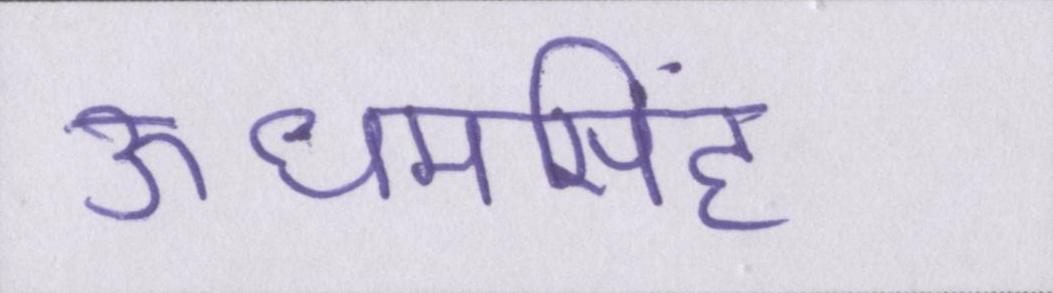
ऊधमसिंह